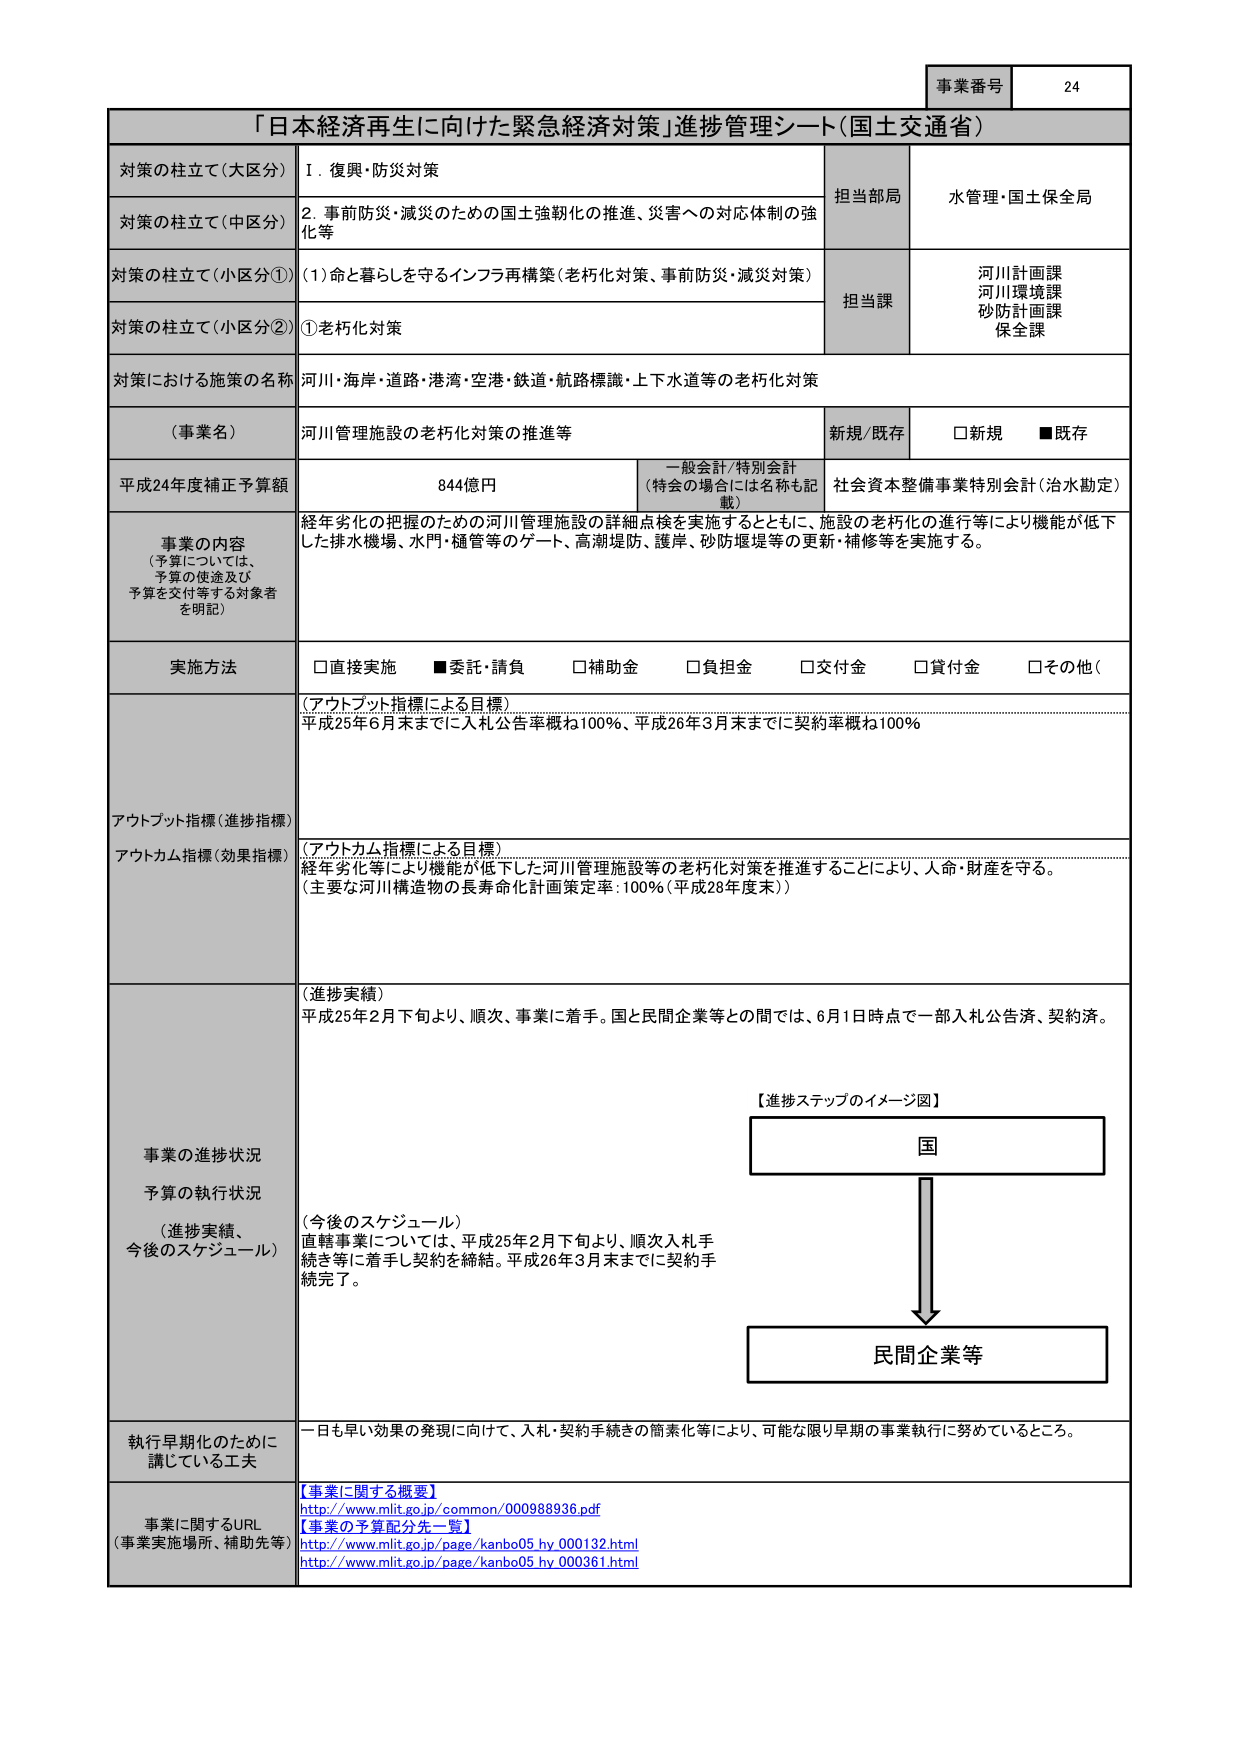
事業番号 24
「日本経済再生に向けた緊急経済対策」進捗管理シート（国土交通省）
対策の柱立て（大区分） Ⅰ．復興・防災対策
担当部局 水管理・国土保全局
対策の柱立て（中区分） 2．事前防災・減災のための国土強靭化の推進、災害への対応体制の強化等
対策の柱立て（小区分①） （1）命と暮らしを守るインフラ再構築（老朽化対策、事前防災・減災対策）
担当課 河川計画課
河川環境課
砂防計画課
保全課
対策の柱立て（小区分②） ①老朽化対策
対策における施策の名称 河川・海岸・道路・港湾・空港・鉄道・航路標識・上下水道等の老朽化対策
（事業名） 河川管理施設の老朽化対策の推進等 新規/既存 □新規 ■既存
平成24年度補正予算額 844億円 一般会計/特別会計 （特会の場合には名称も記載） 社会資本整備事業特別会計（治水勘定）
事業の内容 （予算については、予算の使途及び予算を交付等する対象者を明記） 経年劣化の把握のための河川管理施設の詳細点検を実施するとともに、施設の老朽化の進行等により機能が低下した排水機場、水門・樋管等のゲート、高潮堤防、護岸、砂防堰堤等の更新・補修等を実施する。
実施方法 □直接実施 ■委託・請負 □補助金 □負担金 □交付金 □貸付金 □その他（
アウトプット指標（進捗指標） （アウトプット指標による目標） 平成25年6月末までに入札公告率概ね100％、平成26年3月末までに契約率概ね100％
アウトカム指標（効果指標） （アウトカム指標による目標） 経年劣化等により機能が低下した河川管理施設等の老朽化対策を推進することにより、人命・財産を守る。 （主要な河川構造物の長寿命化計画策定率：100％（平成28年度末））
事業の進捗状況 予算の執行状況 （進捗実績、今後のスケジュール） （進捗実績） 平成25年2月下旬より、順次、事業に着手。国と民間企業等との間では、6月1日時点で一部入札公告済、契約済。 （今後のスケジュール） 直轄事業については、平成25年2月下旬より、順次入札手続き等に着手し契約を締結。平成26年3月末までに契約手続き完了。
【進捗ステップのイメージ図】
国
↓
民間企業等
執行早期化のために講じている工夫 一日も早い効果の発現に向けて、入札・契約手続きの簡素化等により、可能な限り早期の事業執行に努めているところ。
事業に関するURL （事業実施場所、補助先等） 【事業に関する概要】 http://www.mlit.go.jp/common/000988936.pdf 【事業の予算配分先一覧】 http://www.mlit.go.jp/page/kanbo05_hy_000132.html http://www.mlit.go.jp/page/kanbo05_hy_000361.html